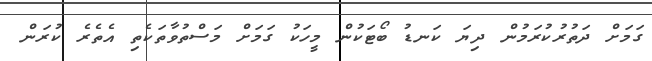
ގަމަށް ދަތުރުކުރަމުން ދިޔަ ކަނޑު ބޯޓަކުން މީހަކު ގަމަށް މަސްތުވާތަކެތި އެތެރެ ކުރަން